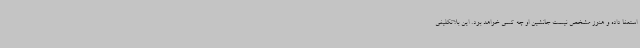
استعفا داده و هنوز مشخص نیست جانشین او چه کسی خواهد بود. این بلاتکلیفی